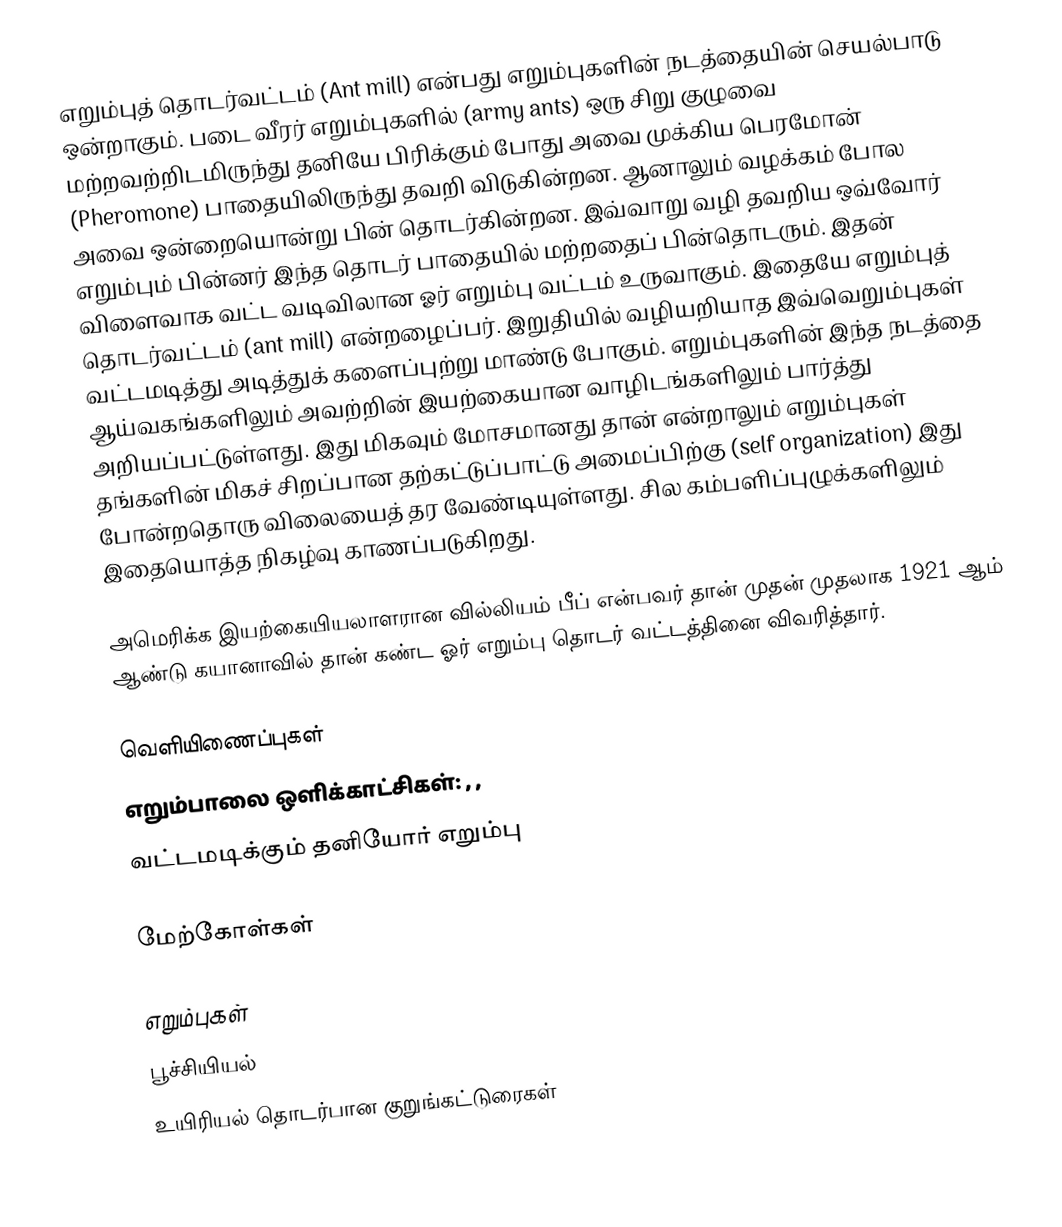
எறும்புத் தொடர்வட்டம் (Ant mill) என்பது எறும்புகளின் நடத்தையின் செயல்பாடு ஒன்றாகும். படை வீரர் எறும்புகளில் (army ants) ஒரு சிறு குழுவை மற்றவற்றிடமிருந்து தனியே பிரிக்கும் போது அவை முக்கிய பெரமோன் (Pheromone) பாதையிலிருந்து தவறி விடுகின்றன. ஆனாலும் வழக்கம் போல அவை ஒன்றையொன்று பின் தொடர்கின்றன. இவ்வாறு வழி தவறிய ஒவ்வோர் எறும்பும் பின்னர் இந்த தொடர் பாதையில் மற்றதைப் பின்தொடரும். இதன் விளைவாக வட்ட வடிவிலான ஓர் எறும்பு வட்டம் உருவாகும். இதையே எறும்புத் தொடர்வட்டம் (ant mill) என்றழைப்பர். இறுதியில் வழியறியாத இவ்வெறும்புகள் வட்டமடித்து அடித்துக் களைப்புற்று மாண்டு போகும். எறும்புகளின் இந்த நடத்தை ஆய்வகங்களிலும் அவற்றின் இயற்கையான வாழிடங்களிலும் பார்த்து அறியப்பட்டுள்ளது. இது மிகவும் மோசமானது தான் என்றாலும் எறும்புகள் தங்களின் மிகச் சிறப்பான தற்கட்டுப்பாட்டு அமைப்பிற்கு (self organization) இது போன்றதொரு விலையைத் தர வேண்டியுள்ளது. சில கம்பளிப்புழுக்களிலும் இதையொத்த நிகழ்வு காணப்படுகிறது.

அமெரிக்க இயற்கையியலாளரான வில்லியம் பீப் என்பவர் தான் முதன் முதலாக 1921 ஆம் ஆண்டு கயானாவில் தான் கண்ட ஓர் எறும்பு தொடர் வட்டத்தினை விவரித்தார்.

வெளியிணைப்புகள்
 எறும்பாலை ஒளிக்காட்சிகள்:  , ,
 வட்டமடிக்கும் தனியோர் எறும்பு

மேற்கோள்கள்

எறும்புகள்
பூச்சியியல்
உயிரியல் தொடர்பான குறுங்கட்டுரைகள்